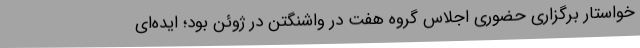
خواستار برگزاری حضوری اجلاس گروه هفت در واشنگتن در ژوئن بود؛ ایده‌ای